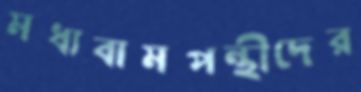
মধ্যবামপন্থীদের